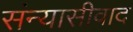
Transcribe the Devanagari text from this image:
संन्यासीवाद